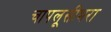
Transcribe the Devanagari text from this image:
चापलूसीभरा